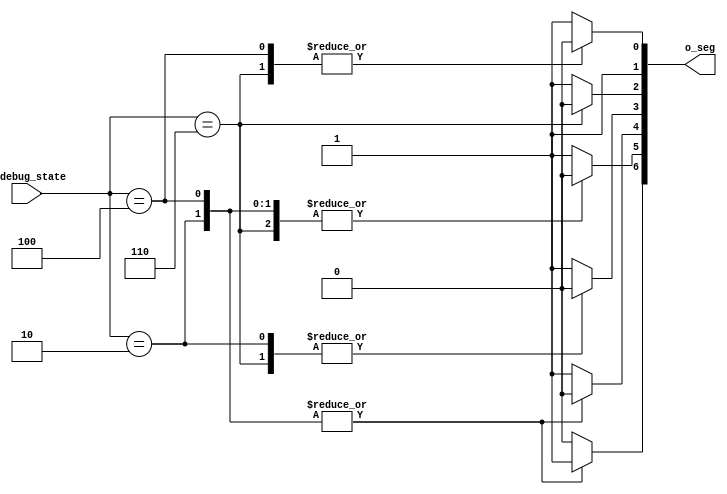
module SevenSegmentDecoder(
    input [2:0] i_debug_state,
    output reg [6:0] o_seg
);

    localparam IDLE       = 0;
    localparam START_LOAD = 1;
    localparam WAIT_LOAD  = 2;
    localparam START_RUN  = 3;
    localparam WAIT_RUN   = 4;
    localparam START_STEP = 5;
    localparam WAIT_STEP  = 6;


    always@* begin
        case(i_debug_state) 
            WAIT_LOAD: begin
                o_seg[0] = 1;
                o_seg[1] = 1;
                o_seg[2] = 1;
                o_seg[3] = 0;
                o_seg[4] = 0;
                o_seg[5] = 0;
                o_seg[6] = 1;
            end
            WAIT_RUN: begin
                o_seg[0] = 0;
                o_seg[1] = 1;
                o_seg[2] = 1;
                o_seg[3] = 1;
                o_seg[4] = 0;
                o_seg[5] = 0;
                o_seg[6] = 1;
            end
            WAIT_STEP: begin
                o_seg[0] = 0;
                o_seg[1] = 1;
                o_seg[2] = 0;
                o_seg[3] = 0;
                o_seg[4] = 1;
                o_seg[5] = 0;
                o_seg[6] = 0;
            end
            default: begin
                o_seg[0] = 1;
                o_seg[1] = 1;
                o_seg[2] = 1;
                o_seg[3] = 1;
                o_seg[4] = 1;
                o_seg[5] = 1;
                o_seg[6] = 0;
            end


        endcase
    end
    

endmodule